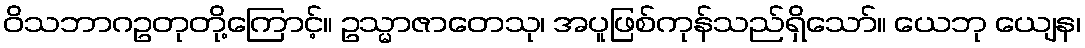
ဝိသဘာဂဥတုတို့ကြောင့်။ ဥသ္မာဇာတေသု၊ အပူဖြစ်ကုန်သည်ရှိသော်။ ယေဘု ယျေန၊